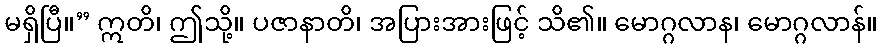
မရှိပြီ။” ဣတိ၊ ဤသို့။ ပဇာနာတိ၊ အပြားအားဖြင့် သိ၏။ မောဂ္ဂလာန၊ မောဂ္ဂလာန်။